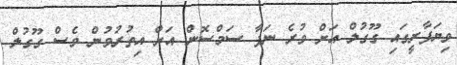
ވިޔަފާރީގައި ގޫގުލް އަށް ވުރެ ނަފާ ސަމްސޮން އަށް އިތުރުވުން ވެސް ގޫގުލް